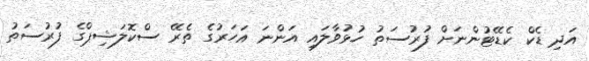
އަދި ޑެކް ކެޑޭޓުންނަށް ފުރުސަތު ހުޅުވާލައި އަންނަ އަހަރުގެ ތެރޭ ސްކޮލަޝިޕްގެ ފުރުސަތު